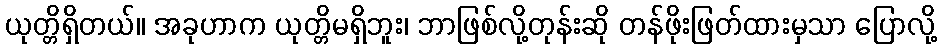
ယုတ္တိရှိတယ်။ အခုဟာက ယုတ္တိမရှိဘူး၊ ဘာဖြစ်လို့တုန်းဆို တန်ဖိုးဖြတ်ထားမှသာ ပြောလို့